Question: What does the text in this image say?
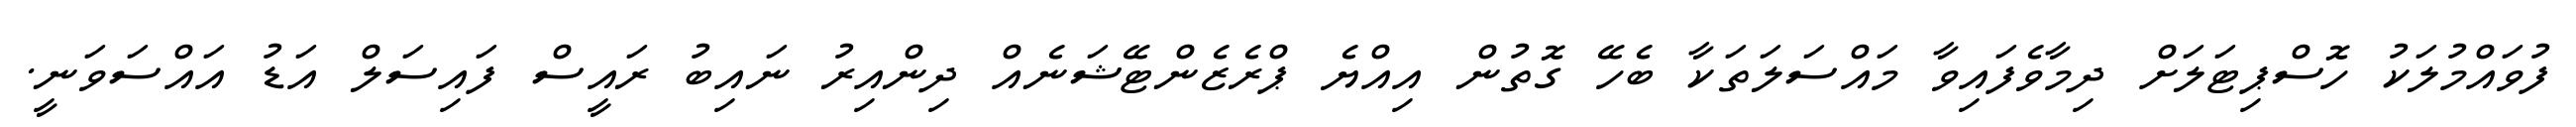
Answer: ފުވައްމުލަކު ހޮސްޕިޓަލަށް ދިމާވެފައިވާ މައްސަލަތަކާ ބެހޭ ގޮތުން އިއްޔެ ޕްރެޒެންޓޭޝަނެއް ދިންއިރު ނައިބު ރައީސް ފައިސަލް އަޑު އައްސަވަނީ.